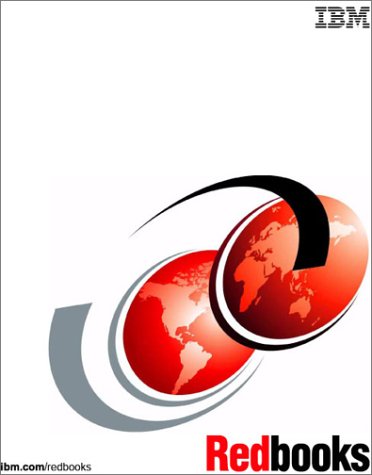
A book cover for Afp Printing in an IBM Cross-System Environment; IBM Redbooks; Computers & Technology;